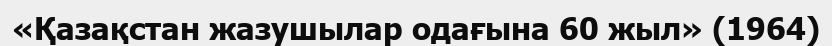
«Қазақстан жазушылар одағына 60 жыл» (1964)